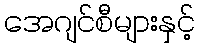
အေဂျင်စီများနှင့်